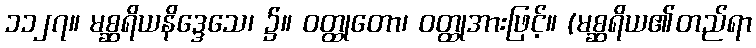
၁၁၂၇။ မစ္ဆရိယနိဒ္ဒေသေ၊ ၌။ ဝတ္ထုတော၊ ဝတ္ထုအားဖြင့်။ (မစ္ဆရိယ၏တည်ရာ